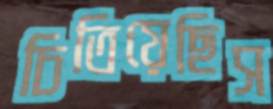
চিতিয়েছিস